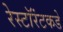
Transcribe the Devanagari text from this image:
रेस्टॉरंटकडे